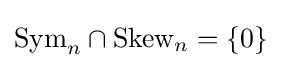
{\mbox{Sym}}_{n}\cap {\mbox{Skew}}_{n}=\{0\}